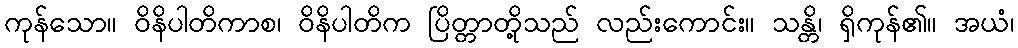
ကုန်သော။ ဝိနိပါတိကာစ၊ ဝိနိပါတိက ပြိတ္တာတို့သည် လည်းကောင်း။ သန္တိ၊ ရှိကုန်၏။ အယံ၊